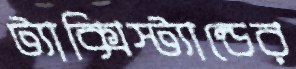
ট্যাক্সিস্ট্যান্ডের